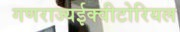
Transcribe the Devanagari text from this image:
गणराज्यईक्वीटोरियल